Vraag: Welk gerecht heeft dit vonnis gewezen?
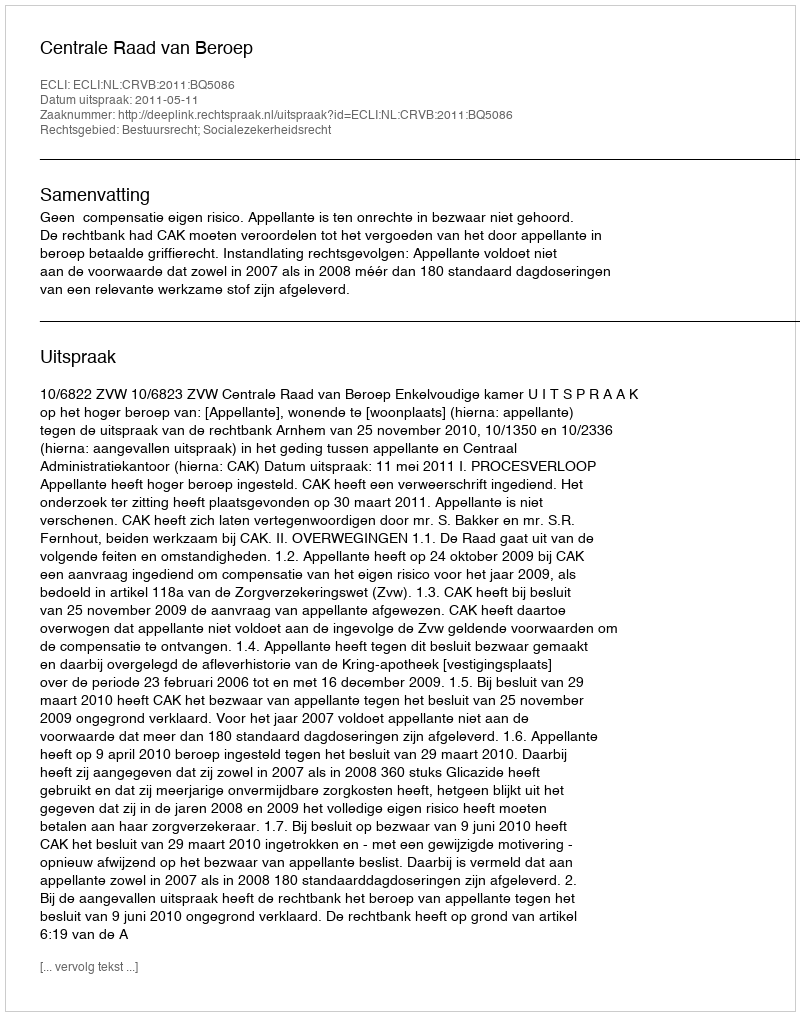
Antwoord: Centrale Raad van Beroep